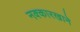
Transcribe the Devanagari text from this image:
नक्कारखाने